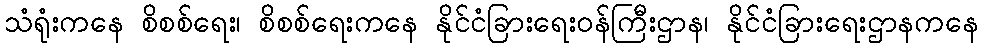
သံရုံးကနေ စိစစ်ရေး၊ စိစစ်ရေးကနေ နိုင်ငံခြားရေးဝန်ကြီးဌာန၊ နိုင်ငံခြားရေးဌာနကနေ